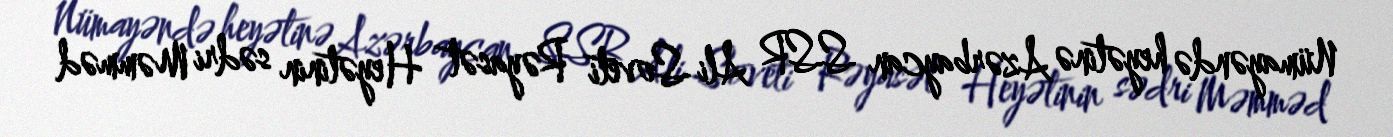
Nümayəndə heyətinə Azərbaycan SSR Ali Soveti Rəyasət Heyətinin sədri Məmməd